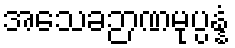
အသေခဉာဏမုပ္ပန္နံ